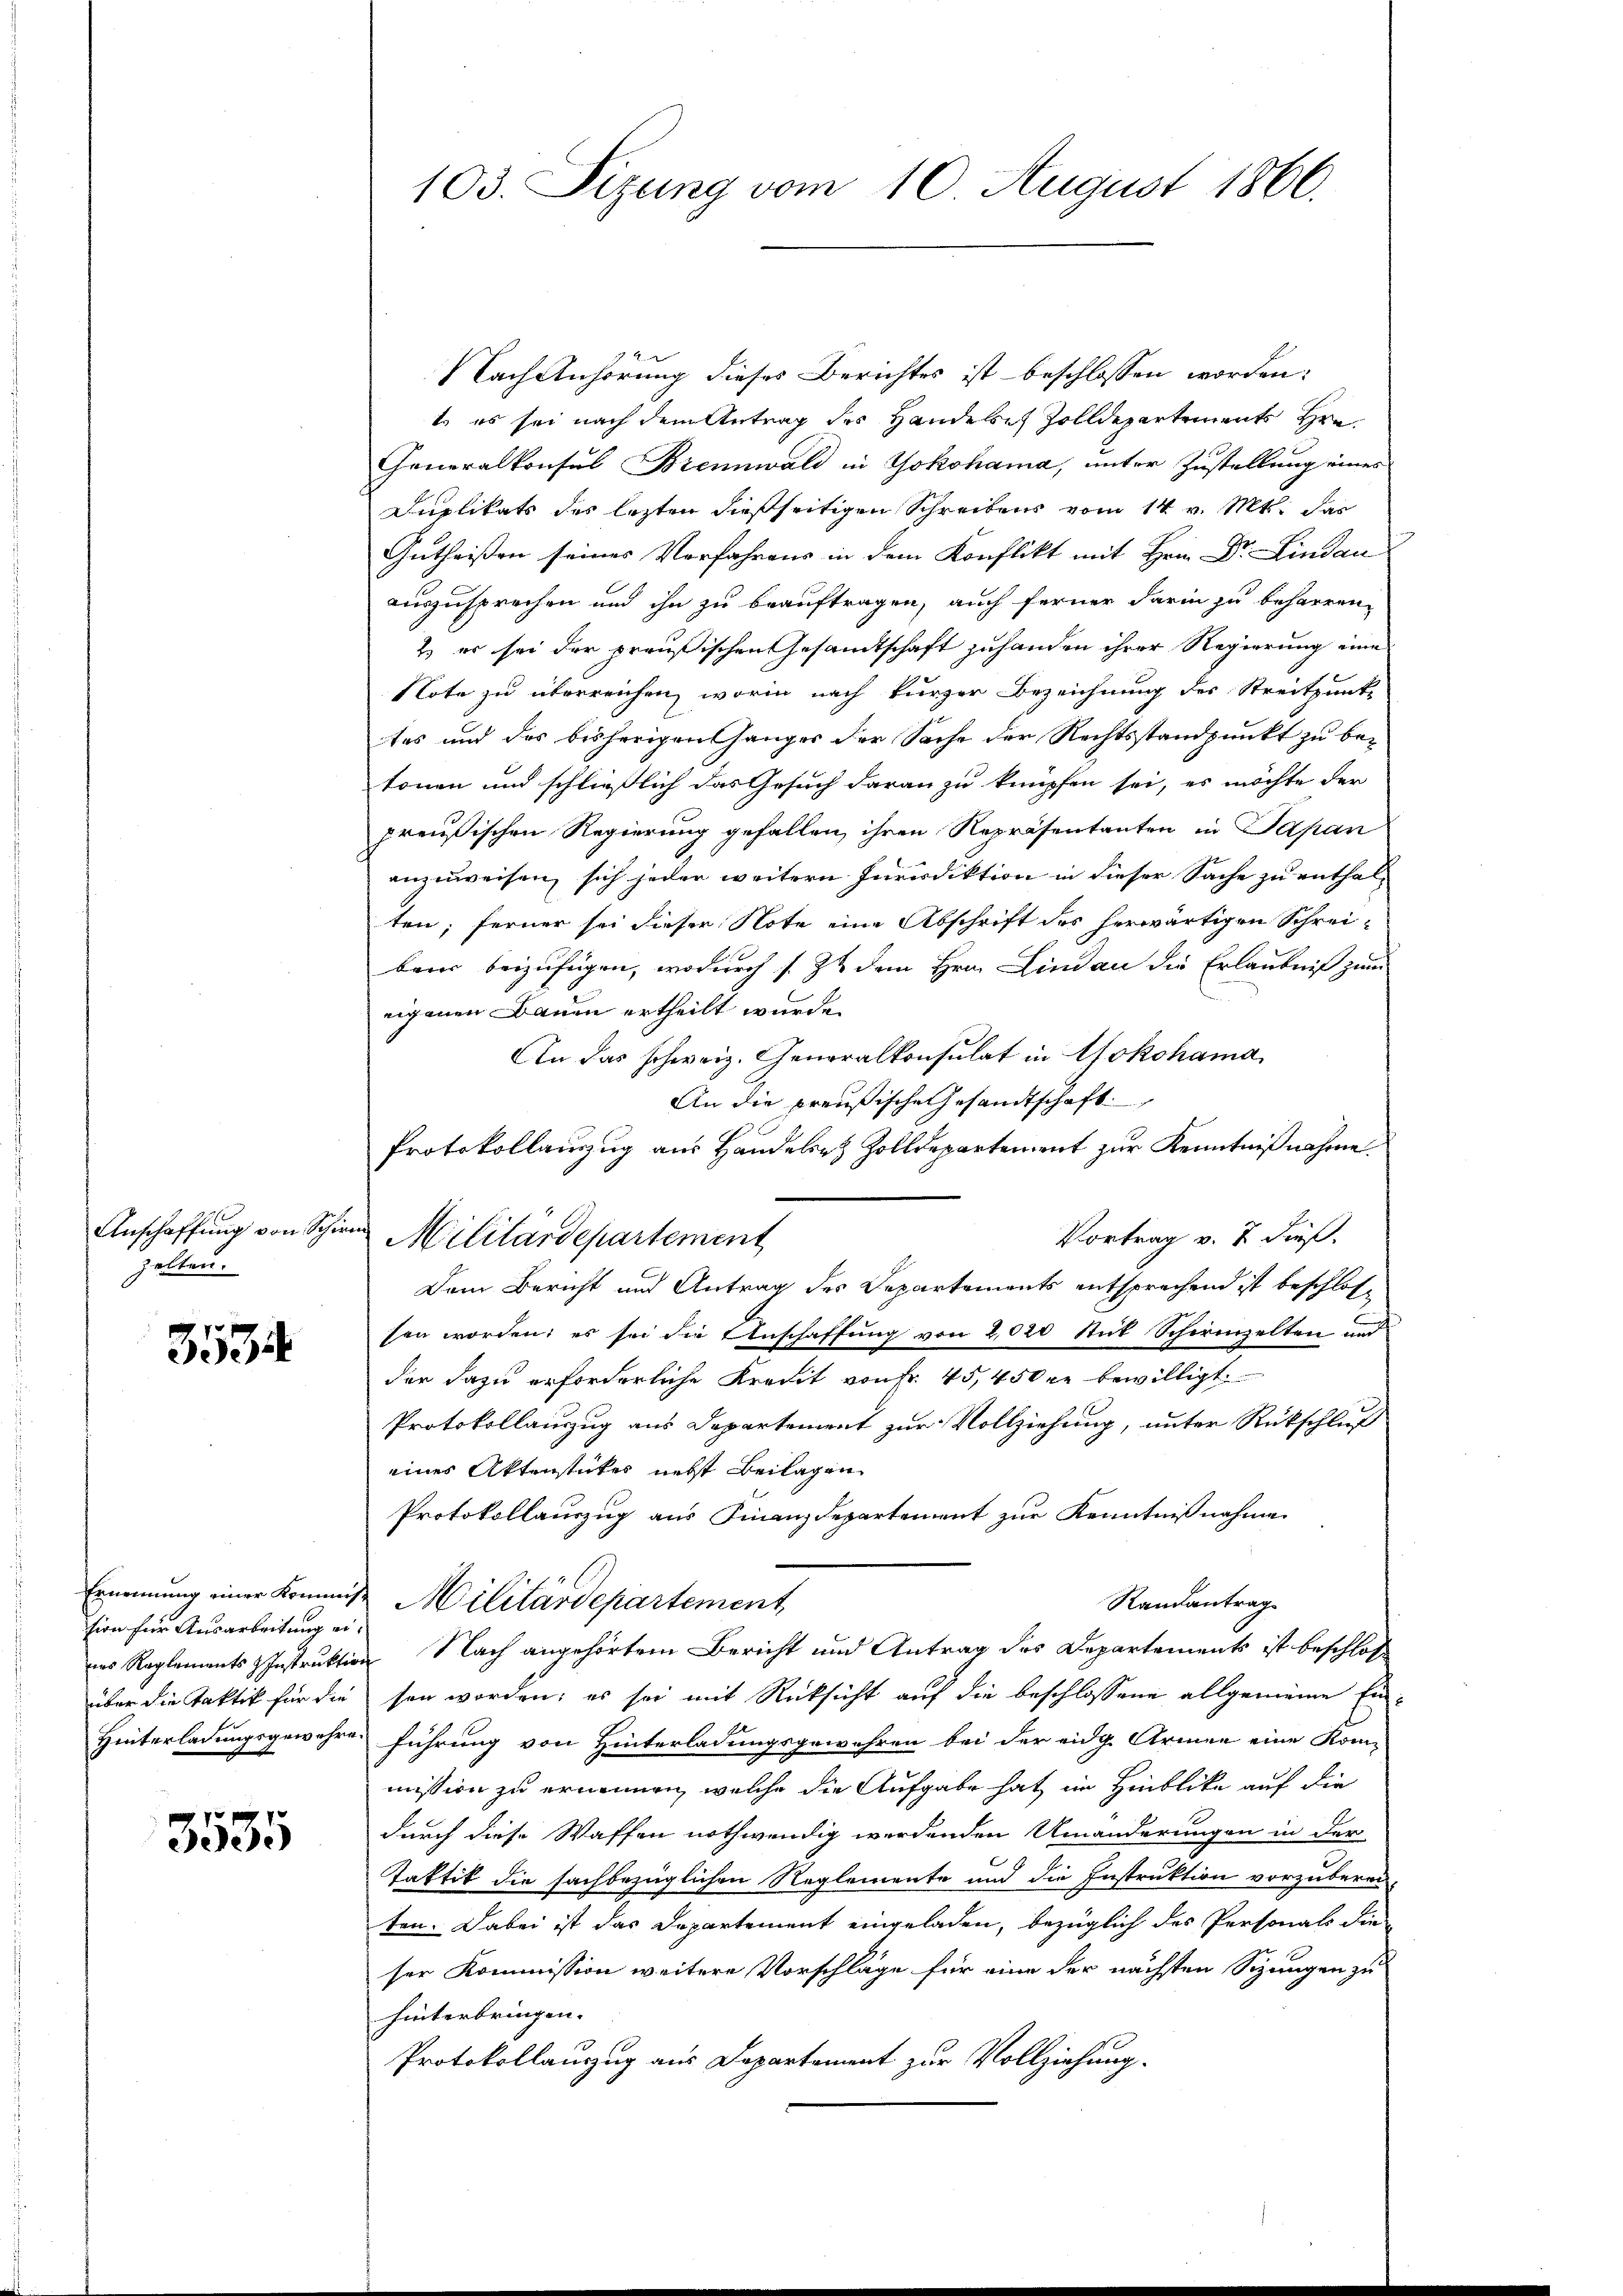
Anschaffung von Schirm
zelten.

3534

tion für Ausarbeitung ei¬

3535

NNach Anhörung dieses Berichtes ist beschlossen worden:
t es sei nach dem Antrag des Handeres Zolldepartements Hrn.
Generalkonsul Brennwald in Yokohama, unter Zustellung eines
Duplikats des lezten dießseitigen Schreibens vom 14. v. Mts. das
Gutheißen seines Verfahrens in dem Konflikt mit Hrn. Dr. Lindau
auszusprechen und ihn zu beauftragen, auch ferner darin zu beharren,
2) es sei der preußischen Gesandtschaft zuhanden ihrer Regierung eine
Note zu überreichen, worin nach kurzer Bezeichnung des Streitpunk
tes und des bisherigen hänger der Sache der Rechtsstandpunkt zu betonen und schließlich das Gesuch daran zu knüpfen sei, es möchte der
preußischen Regierung gefallen, ihren Repräsentanten in Japan
anzuweisen, sich jeder weitern Jurisdiktion in dieser Sache zu enthal-
ten; ferner sei dieser Note eine Abschrift des herwärtigen Schrei-
bens beizufügen, wodurch s. Zt. dem Hrn. Lindau die Erlaubniß zum
eigenen Bauen ertheilt wurde.
An das schweiz. Generalkonsulat in Yokohama
An die preußische Gesandtschaft
Protokollanzug aus Handeler Zolldepartement zur Kenntnißnahme.
Vortrag v. 7 dieß,
Militärdepartement
Dem Bericht und Antrag des Departements entsprechend ist beschlos
sen worden; es sei die Anschaffung von 2020 Stick Schirenzelten und
der dazu erforderliche Kredit von fr. 45,45 der bewilligt.
Protokollauszug aus Departement zur Vollziehung, unter Rückschluß
eines Aktenstückes nebst Beilagen
Protokollauszug aus Finanzdepartement zur Kenntnißnahme
Ernennung einer Kommis Militärdepartement
Randantrag
nes Reglements Instruktion Nach angehörtem Bericht und Antrag des Departements ist beschlos
über die Taktik für die sein worden; es sei mit Rücksicht auf die beschlossene allgemeine Ei
Hinterladungsgewehres führung von Hinterladungsgewehren bei der eidg. Armee eine Kom-
mission zu ernennen, welche die Aufgabe hat im Hinblicke auf die
durch diese Waffen nothwendig werdenden Umänderungen in der
Tastik die sachbezüglichen Reglemente und die Instruktion vorzuberei-
ten. Dabei ist das Departement eingeladen, bezüglich des Personals die
ser Kommission weitere Vorschläge für eine der nächsten Sizungen zu
hinterbringen. |
Protokollauszug aus Departement zur Vollziehung.

103. Sizung vom 10. August 1866.